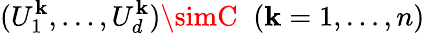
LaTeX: (U_{1}^{\mathbf{k}},\dots,U_{d}^{\mathbf{k}})\simC\; \; (\mathbf{k}=1,\dots,n)